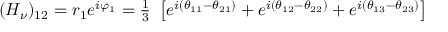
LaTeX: \begin{array} { c } { { ( H _ { \nu } ) _ { 1 2 } = r _ { 1 } e ^ { i \varphi _ { 1 } } = { \frac 1 3 \ } \left[ e ^ { i ( \theta _ { 1 1 } - \theta _ { 2 1 } ) } + e ^ { i ( \theta _ { 1 2 } - \theta _ { 2 2 } ) } + e ^ { i ( \theta _ { 1 3 } - \theta _ { 2 3 } ) } \right] } } \end{array}